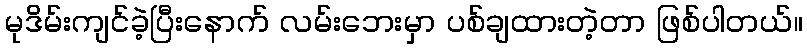
မုဒိမ်းကျင်ခဲ့ပြီးနောက် လမ်းဘေးမှာ ပစ်ချထားတဲ့တာ ဖြစ်ပါတယ်။